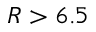
R > 6 . 5